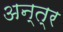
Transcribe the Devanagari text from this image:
अन्त्र